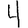
Digit: 4